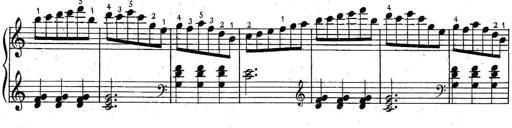
Title: 6 Easy Sonatinas
Composer: Carl Czerny